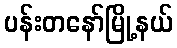
ပန်းတနော်မြို့နယ်